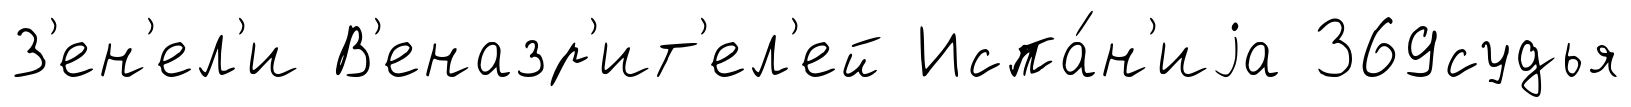
З'ен'ел'и В'еназр'ит'ел'ей Испа́н'иjа 369судья